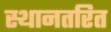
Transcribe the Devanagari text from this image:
स्थानतरित